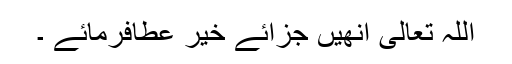
اللہ تعالی انھیں جزائے خیر عطافرمائے ۔